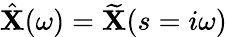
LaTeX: \hat{\mathbf{X}}(\omega)=\widetilde{\mathbf{X}}(s=i\omega)